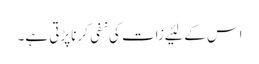
اس کے لئیے زات کی نفی کرناپڑتی ہے۔